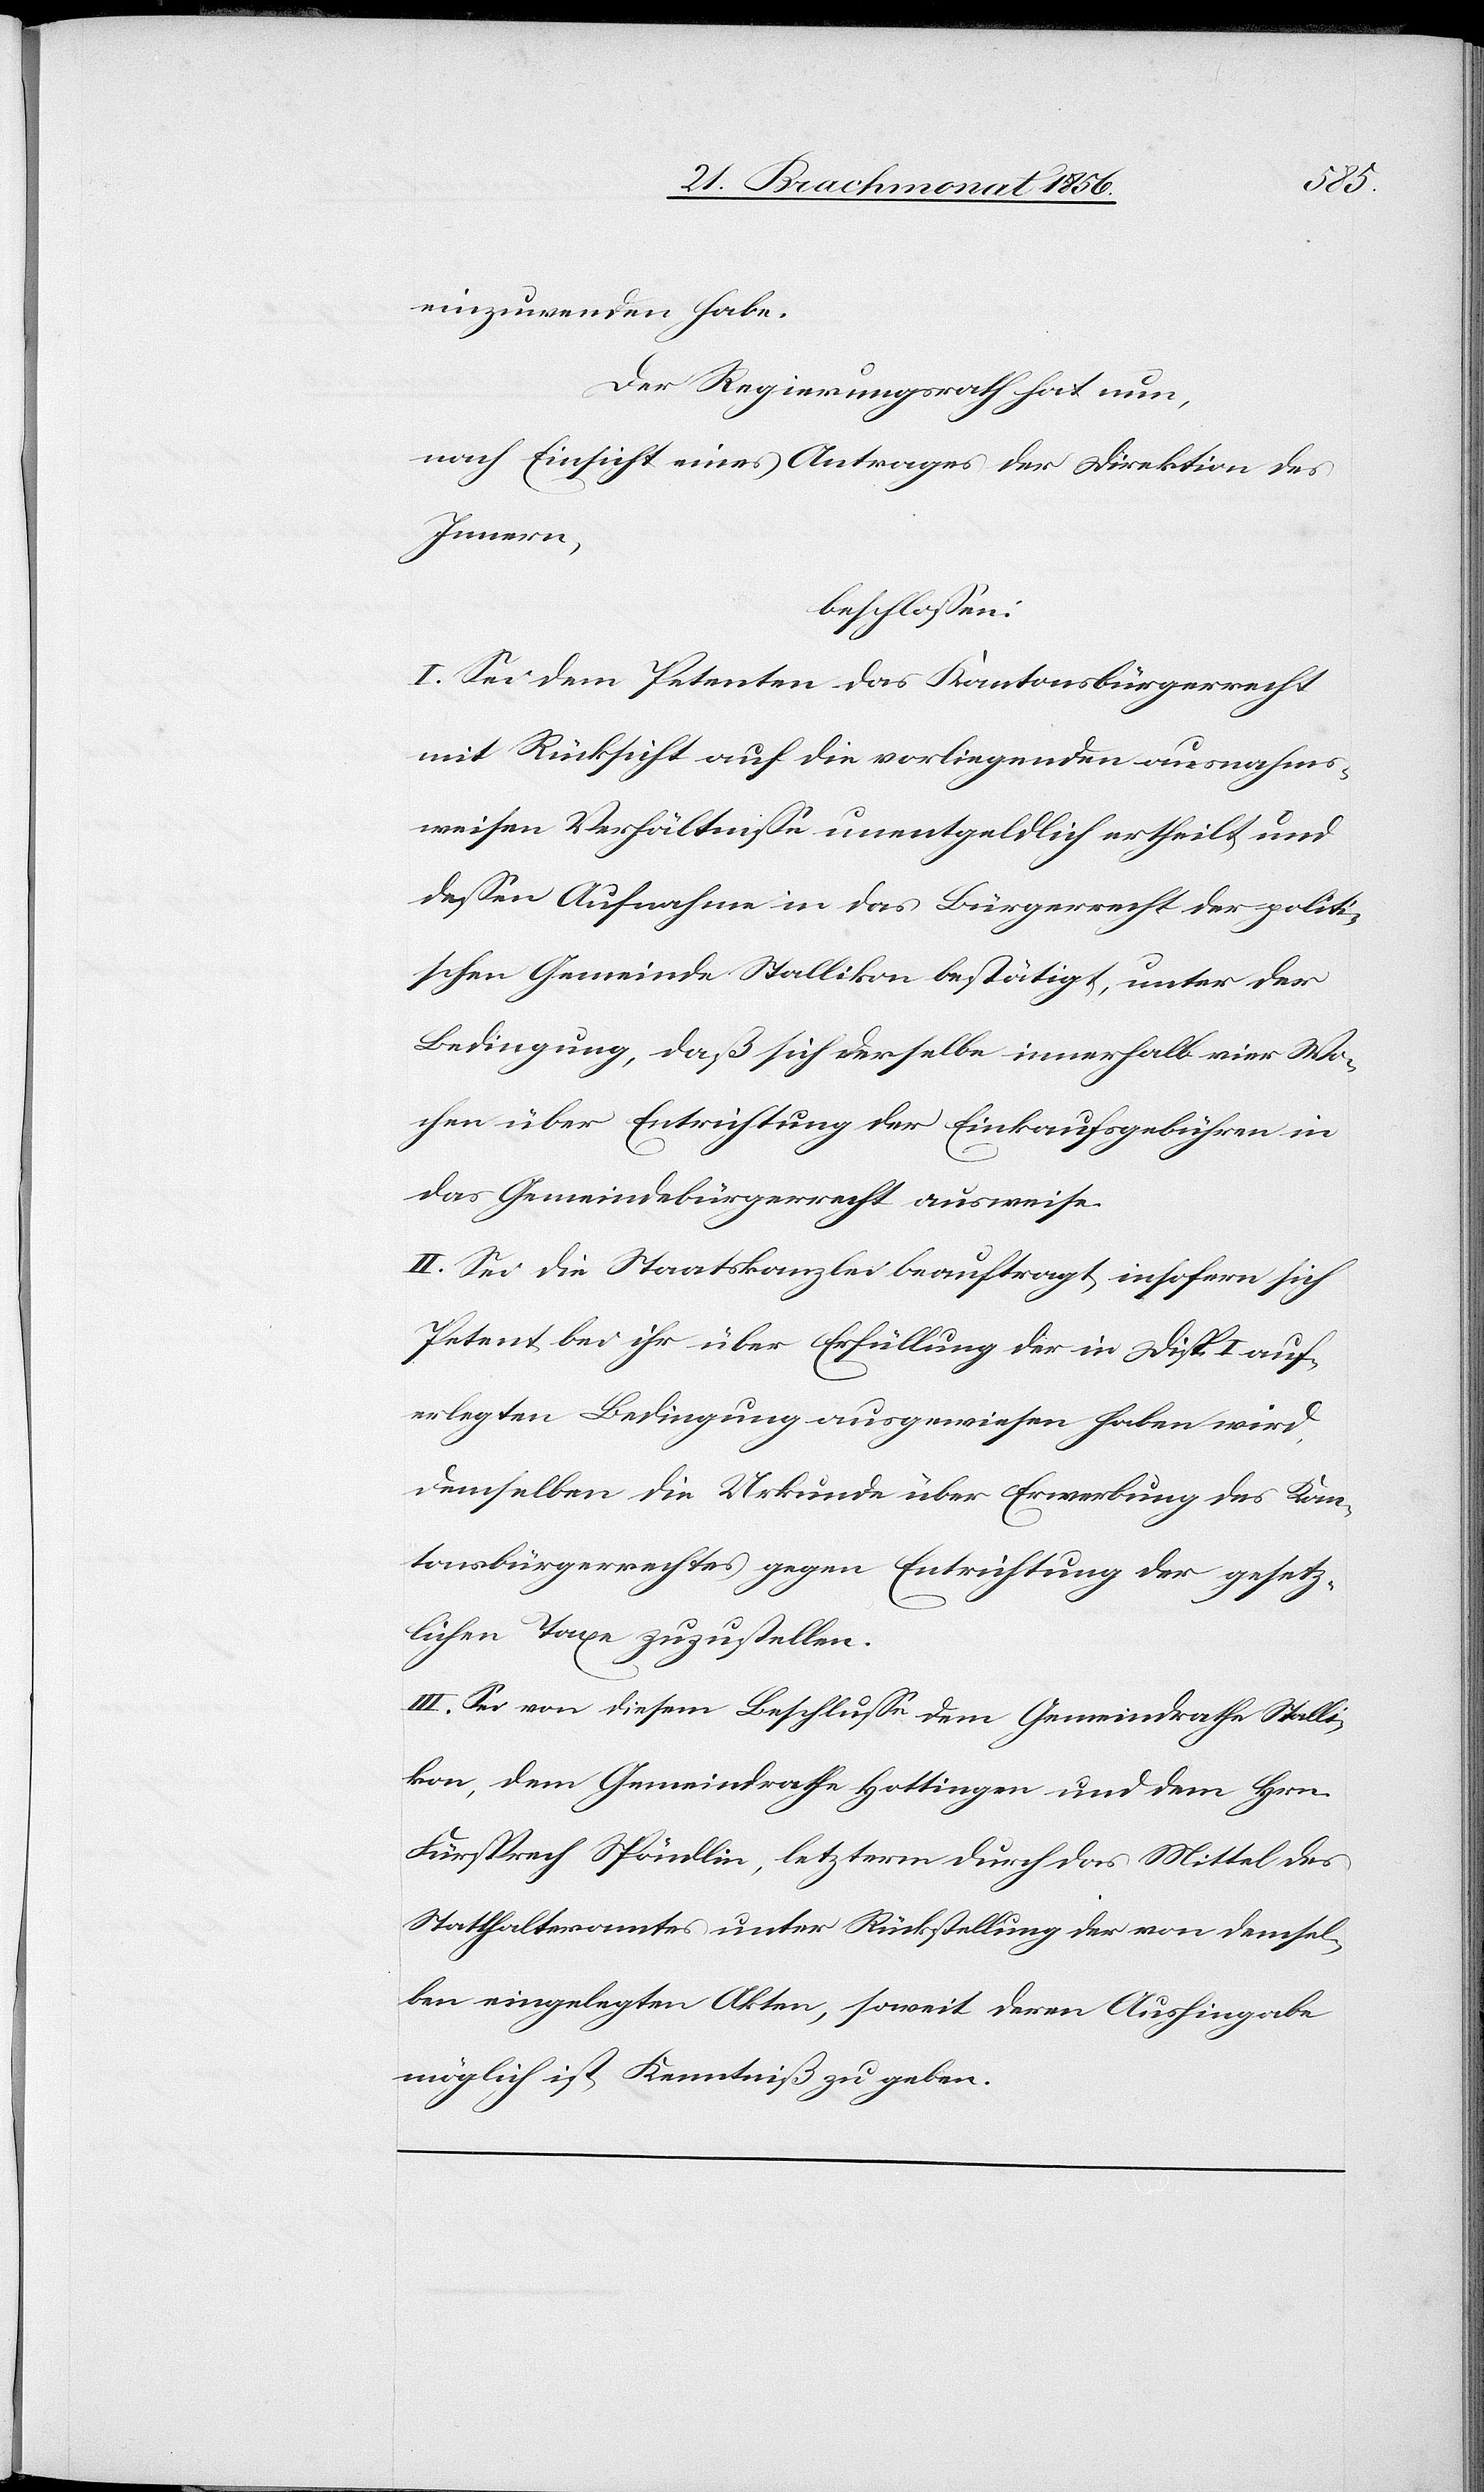
einzuwenden habe.
Der Regierungsrath hat nun,
nach Einsicht eines Antrages der Direktion des
Innern,
beschlossen:
I. Sei dem Petenten das Kantonsbürgerrecht
mit Rücksicht auf die vorliegenden ausnahms¬
weisen Verhältnisse unentgeldlich ertheilt und
dessen Aufnahme in das Bürgerrecht der politi¬
schen Gemeinde Stallikon bestätigt, unter der
Bedingung, daß sich derselbe innerhalb vier Wo¬
chen über Entrichtung der Einkaufsgebühren in
das Gemeindebürgerrecht ausweise.
II. Sei die Staatskanzlei beauftragt, insofern sich
Petent bei ihr über Erfüllung der in Disp. I auf¬
erlegten Bedingung ausgewiesen haben wird,
demselben die Urkunde über Erwerbung des Kan¬
tonsbürgerrechtes gegen Entrichtung der gesetz¬
lichen Taxe zuzustellen.
III. Sei von diesem Beschlusse dem Gemeindrathe Stalli¬
kon, dem Gemeindrathe Hottingen und dem Hrn.
Fürsprech Stöndlin, letzterm durch das Mittel des
Statthalteramtes unter Rückstellung der von demsel¬
ben eingelegten Akten, soweit deren Aushingabe
möglich ist Kenntniß zu geben.